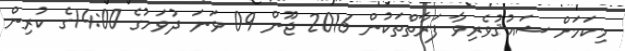
މިކަމަށް ޝައުޤުވެރިވާ ފަރާތްތަކުން 2016 ޖޫން 09 ވަނަ ދުވަހުގެ 14:00ގެ ކުރިން